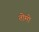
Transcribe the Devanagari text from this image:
तोमो